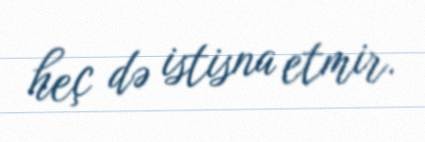
heç də istisna etmir.